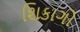
શિકાગો